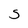
Character: 5